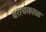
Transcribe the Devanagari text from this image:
बराचकाळ